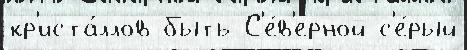
кр'иста́ллов быть С'е́в'ерной с'е́рый